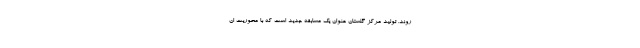
‌روند. تولید مرکز گلستان عنوان یک مسابقه جدید است که با محوریت ان